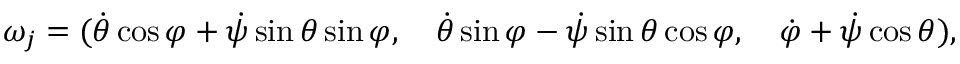
\begin{array} { r } { \omega _ { j } = ( \dot { \theta } \cos \varphi + \dot { \psi } \sin \theta \sin \varphi , \quad \dot { \theta } \sin \varphi - \dot { \psi } \sin \theta \cos \varphi , \quad \dot { \varphi } + \dot { \psi } \cos \theta ) , } \end{array}